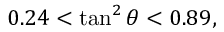
0 . 2 4 < \tan ^ { 2 } \theta < 0 . 8 9 ,